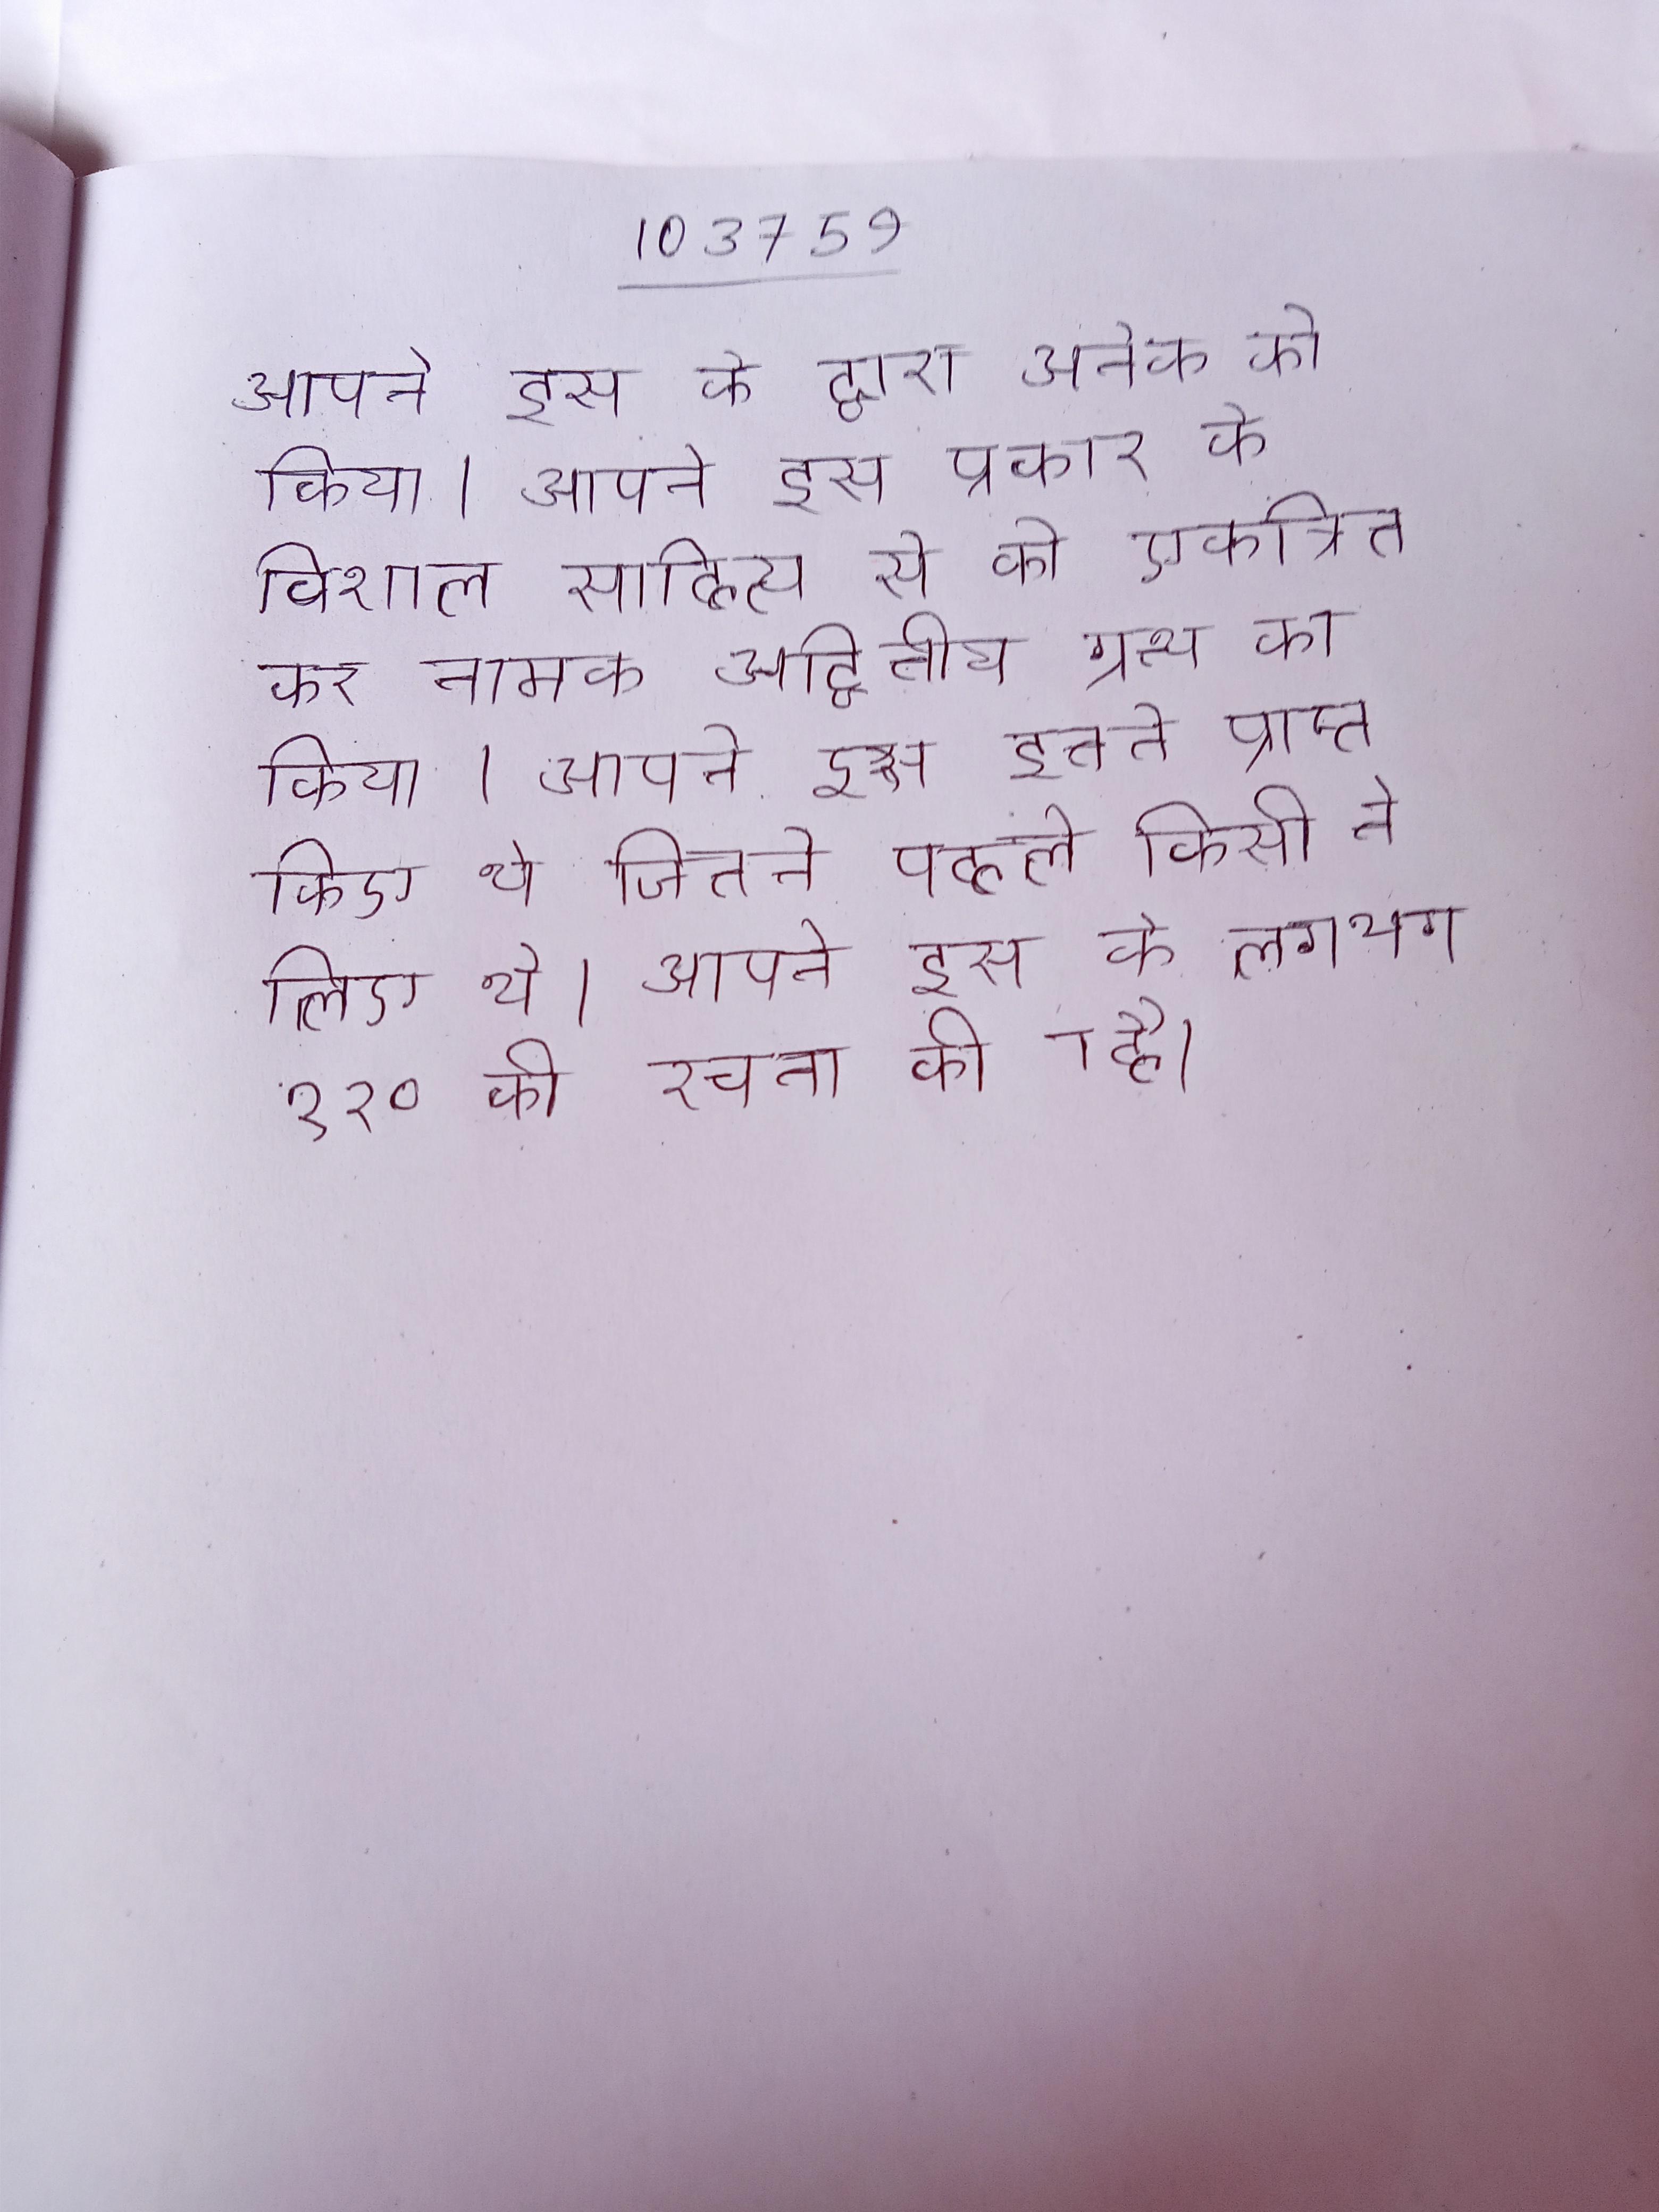
आपने इस के द्वारा अनेक को किया । आपने इस प्रकार के विशाल साहित्य से को एकत्रित कर नामक अद्वितीय ग्रन्थ का किया । आपने इस इतने प्राप्त किए थे, जितने पहले किसी ने लिए थे । आपने इस के लगभग १२० की रचना की है ।